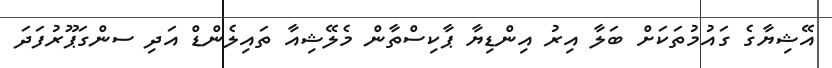
އޭޝިޔާގެ ގައުމުތަކަށް ބަލާ އިރު އިންޑިޔާ ޕާކިސްތާން މެލޭޝިއާ ތައިލެންޑް އަދި ސންގަޕޫރުފަދަ